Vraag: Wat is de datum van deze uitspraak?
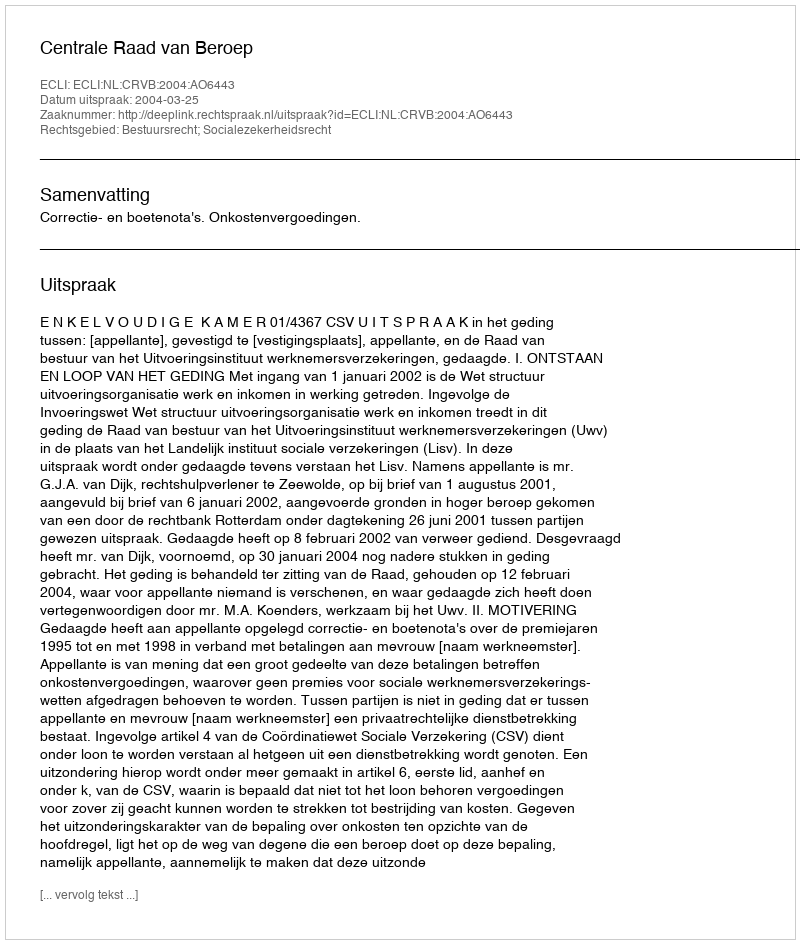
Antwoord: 2004-03-25